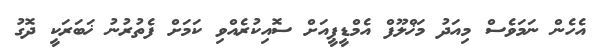
އެހެން ނަމަވެސް މިއަދު މަޚްލޫފް އެމްޑީޕީއަށް ސޮއިކުރެއްވި ކަމަށް ފެތުރުނު ޚަބަރަކީ ދޮގު